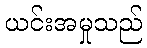
ယင်းအမှုသည်